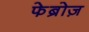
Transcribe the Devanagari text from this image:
फेब्रोज़